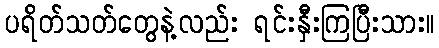
ပရိတ်သတ်တွေနဲ့လည်း ရင်းနှီးကြပြီးသား။